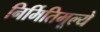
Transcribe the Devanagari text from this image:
निर्मितिमूल्ये